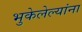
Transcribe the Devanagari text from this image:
भुकेलेल्यांना